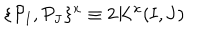
\{ { \cal P } _ { \mathbf { I } } , { \cal P } _ { \mathbf { J } } \} ^ { x } \equiv 2 K ^ { x } ( \mathbf { I } , \mathbf { J } )